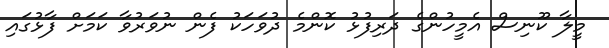
މީލާ ކޫނިސް އެމީހުންގެ ދަރިފުޅު ކޮންމެ ދުވަހަކު ފެން ނުވަރުވާ ކަމަށް ފާޅުގައި